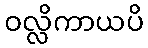
ဝလ္လိကာယပိ